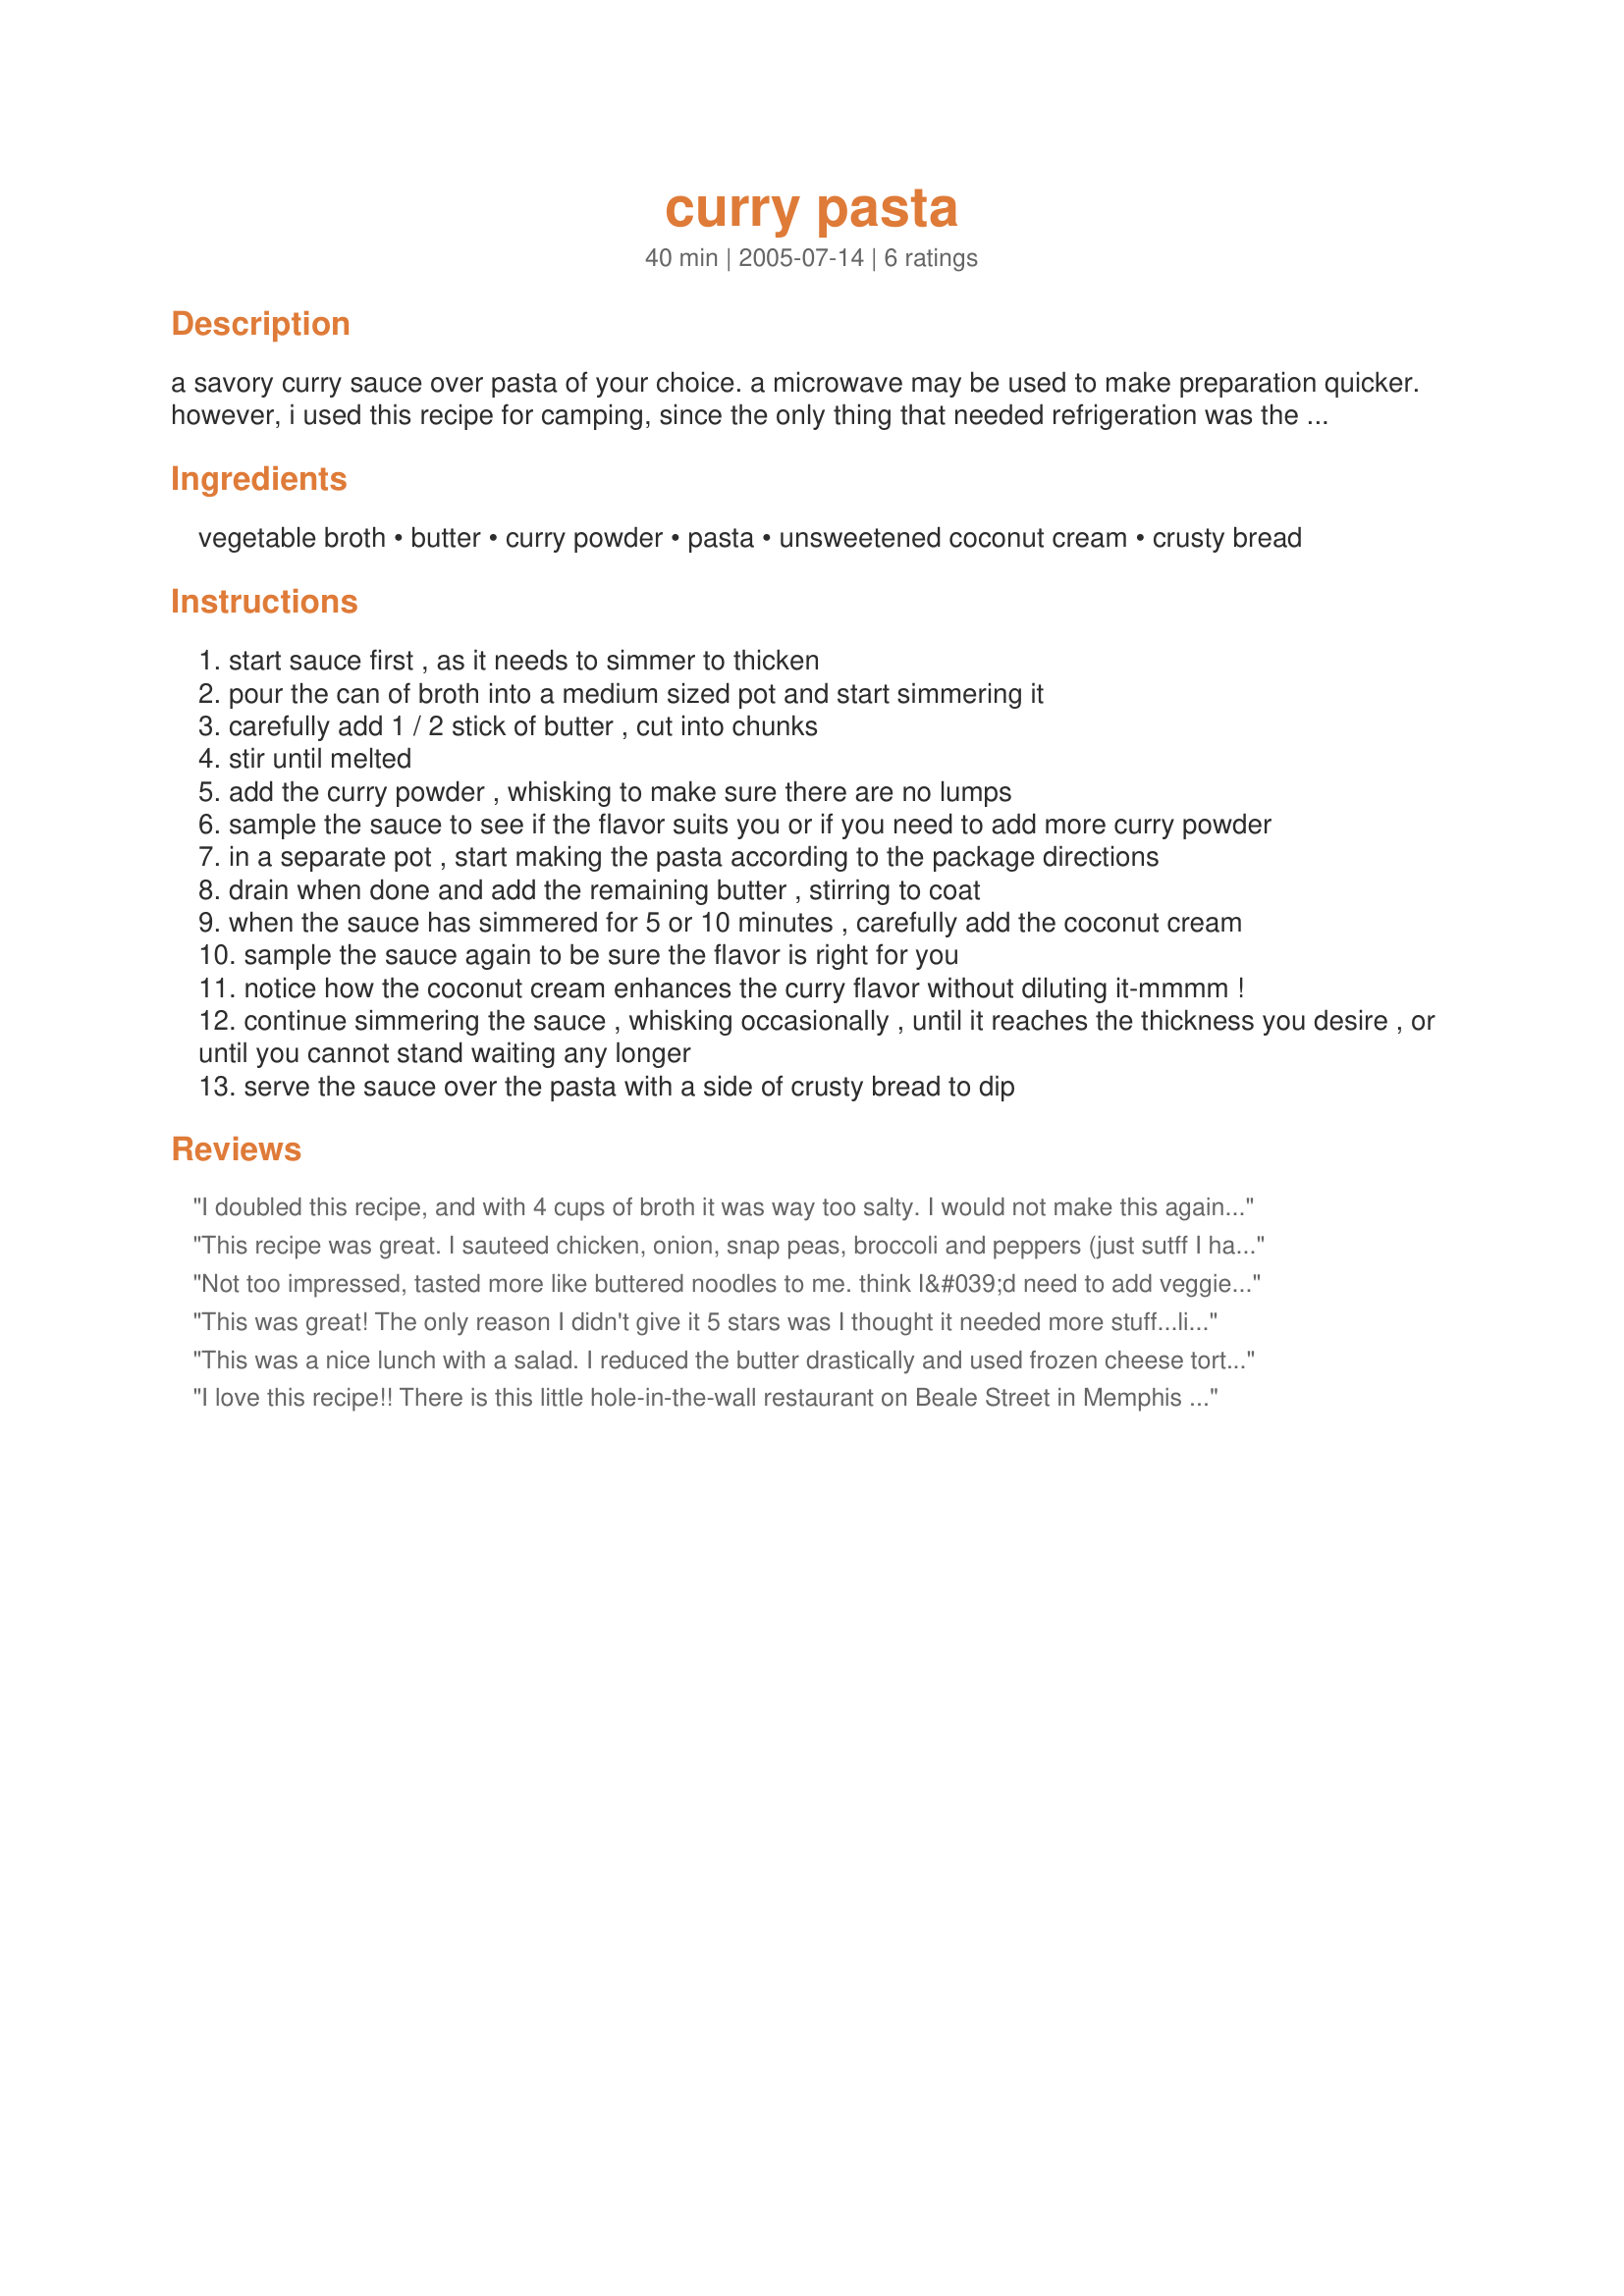
curry pasta
Preparation time: 40 minutes

a savory curry sauce over pasta of your choice. a microwave may be used to make preparation quicker. however, i used this recipe for camping, since the only thing that needed refrigeration was the frozen pasta, and if you choose to use dried pasta, it would be even more camping friendly. this dish is vegetarian friendly because you do not need to use pasta stuffed with meat. you may wish to double the sauce recipe and eat it with crusty bread to dip. yummy! time to make is an estimate.

Ingredients:
vegetable broth, butter, curry powder, pasta, unsweetened coconut cream, crusty bread

Steps:
start sauce first , as it needs to simmer to thicken
pour the can of broth into a medium sized pot and start simmering it
carefully add 1 / 2 stick of butter , cut into chunks
stir until melted
add the curry powder , whisking to make sure there are no lumps
sample the sauce to see if the flavor suits you or if you need to add more curry powder
in a separate pot , start making the pasta according to the package directions
drain when done and add the remaining butter , stirring to coat
when the sauce has simmered for 5 or 10 minutes , carefully add the coconut cream
sample the sauce again to be sure the flavor is right for you
notice how the coconut cream enhances the curry flavor without diluting it-mmmm !
continue simmering the sauce , whisking occasionally , until it reaches the thickness you desire , or until you cannot stand waiting any longer
serve the sauce over the pasta with a side of crusty bread to dip

Reviews:
I doubled this recipe, and with 4 cups of broth it was way too salty. I would not make this again without halving the broth - just add water for the lost volume of broth.

Also, I added cherry tomatoes at the last minute to give it at least a bit of food value.
This recipe was great. I sauteed chicken, onion, snap peas, broccoli and peppers (just sutff I had lying around) to mix in to the sauce. I also added some corn starch to thicken it up as I was having some trouble. But, the flavour was great, everyone loved it. It was easy, and something different. I was surprised that it turned out so well, given the few ingredients it took. I think this would also be good with cashews.
I'll be making this one again!
Not too impressed, tasted more like buttered noodles to me. think I&#039;d need to add veggies or something. Used half the curry powder cause I&#039;m a spice-whimp. Nice recipe, just not my liking.
This was great! The only reason I didn't give it 5 stars was I thought it needed more stuff...like chunks of red onion, red pepper, pineapple and chicken. I also only used half of the butter. But the sauce recipe is wonderful. Thanks so much! I will use over and over.
This was a nice lunch with a salad. I reduced the butter drastically and used frozen cheese tortellini. I had lots of sauce here. I might add a few veggies next time. Thank you for sharing your recipe!
I love this recipe!! There is this little hole-in-the-wall restaurant on Beale Street in Memphis that has the best curry chicken pasta and I have been looking to find the recipe to make at home. When I made this, I did add chicken. It is fabulous. I will make it over and over.
